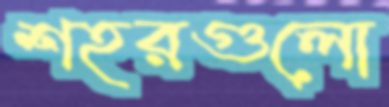
শহরগুলো